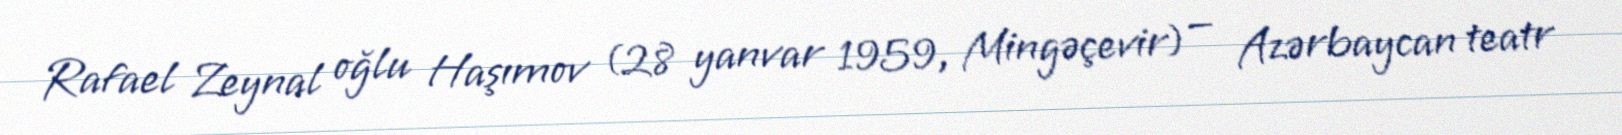
Rafael Zeynal oğlu Haşımov (28 yanvar 1959, Mingəçevir) — Azərbaycan teatr